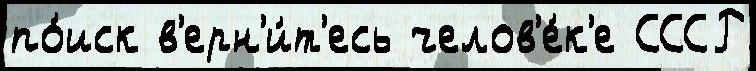
по́иск в'ерн'и́т'есь челов'е́к'е СССР